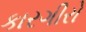
કારગીરો